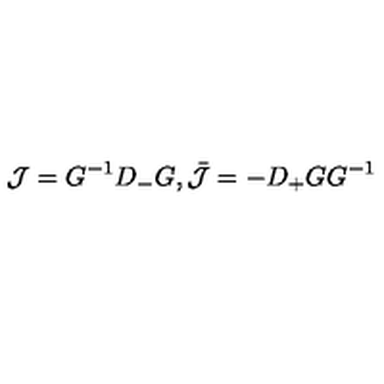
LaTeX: { \cal J } = G ^ { - 1 } D _ { - } G , \bar { \cal J } = - D _ { + } G G ^ { - 1 }